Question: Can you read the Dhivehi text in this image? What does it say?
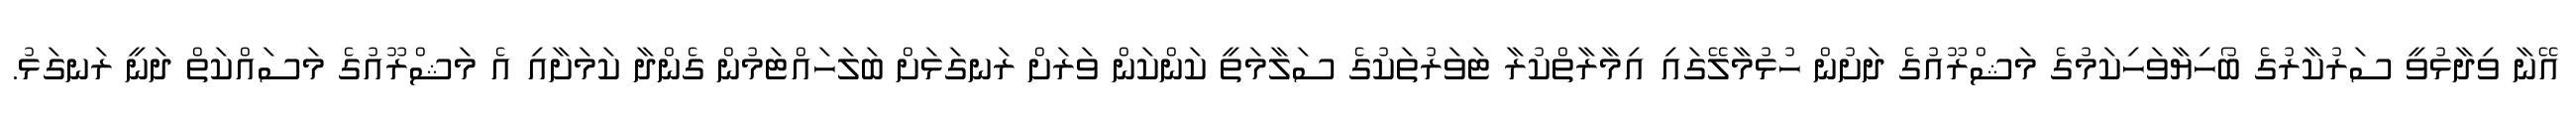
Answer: އޭނާ ވިދާޅުވީ ސަރުކާރުގެ ބޯހިޔާވަހިކަމުގެ މަޝްރޫއުގެ ދަށުން ހުޅުމާލޭގައި އިމާރާތްކުރާ ޓަވަރުތަކުގެ ސަލާމަތީ ކަންކަން ވަރަށް ރަނގަޅަށް ބަލަހައްޓަމުން ގެންދާ ކަމަށާއި އެ މަޝްރޫއުގެ މަސައްކަތް ދަނީ ރަނގަޅު.